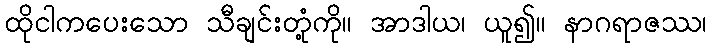
ထိုငါကပေးသော သီချင်းတုံ့ကို။ အာဒါယ၊ ယူ၍။ နာဂရာဇဿ၊